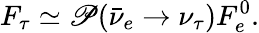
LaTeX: F_{\tau}\simeq\mathscr{P}(\bar{{\nu}}_{e}\rightarrow\nu_{\tau})F_{e}^{0}.